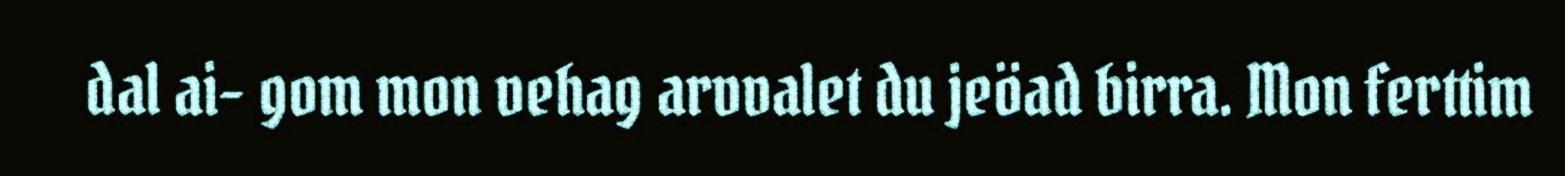
dal ai- gom mon vehag arvvalet du jeöad birra. Mon ferttim